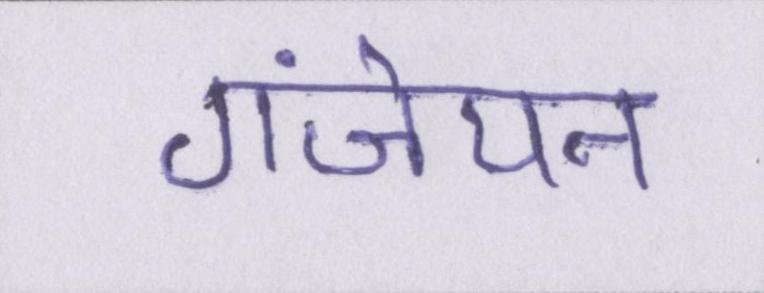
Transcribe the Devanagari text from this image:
गंजेपन